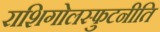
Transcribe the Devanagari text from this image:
राशिगोलस्फुटनीति